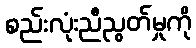
စည်းလုံးညီညွတ်မှုကို